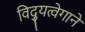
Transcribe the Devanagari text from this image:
विद्युत्‍वेगाने